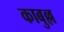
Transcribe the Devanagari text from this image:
काबुल्ल